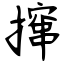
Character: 撺